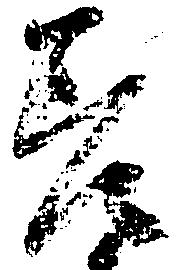
差